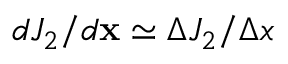
d J _ { 2 } / d \mathbf x \simeq \Delta J _ { 2 } / \Delta x